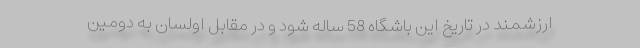
ارزشمند در تاریخ این باشگاه 58 ساله شود و در مقابل اولسان به دومین